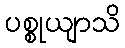
ပစ္စုယျာသိ